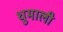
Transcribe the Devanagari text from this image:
धुमाली